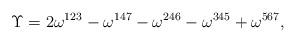
LaTeX: \begin{align*}\Upsilon = 2 \omega^{123}- \omega^{147} -\omega^{246} - \omega^{345} + \omega^{567},\end{align*}